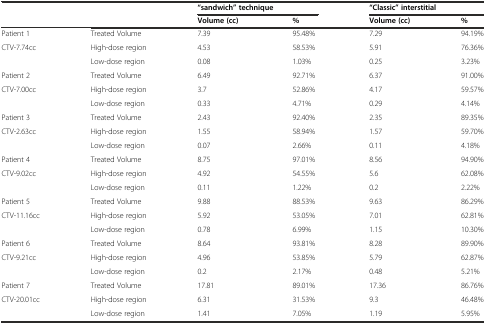
<table><thead><tr><td></td><td></td><td colspan="2"><b>“sandwich” technique</b></td><td colspan="2"><b>“Classic” interstitial</b></td></tr><tr><td></td><td></td><td><b>Volume (cc)</b></td><td><b>%</b></td><td><b>Volume (cc)</b></td><td><b>%</b></td></tr></thead><tbody><tr><td>Patient 1</td><td>Treated Volume</td><td>7.39</td><td>95.48%</td><td>7.29</td><td>94.19%</td></tr><tr><td>CTV-7.74cc</td><td>High-dose region</td><td>4.53</td><td>58.53%</td><td>5.91</td><td>76.36%</td></tr><tr><td></td><td>Low-dose region</td><td>0.08</td><td>1.03%</td><td>0.25</td><td>3.23%</td></tr><tr><td>Patient 2</td><td>Treated Volume</td><td>6.49</td><td>92.71%</td><td>6.37</td><td>91.00%</td></tr><tr><td>CTV-7.00cc</td><td>High-dose region</td><td>3.7</td><td>52.86%</td><td>4.17</td><td>59.57%</td></tr><tr><td></td><td>Low-dose region</td><td>0.33</td><td>4.71%</td><td>0.29</td><td>4.14%</td></tr><tr><td>Patient 3</td><td>Treated Volume</td><td>2.43</td><td>92.40%</td><td>2.35</td><td>89.35%</td></tr><tr><td>CTV-2.63cc</td><td>High-dose region</td><td>1.55</td><td>58.94%</td><td>1.57</td><td>59.70%</td></tr><tr><td></td><td>Low-dose region</td><td>0.07</td><td>2.66%</td><td>0.11</td><td>4.18%</td></tr><tr><td>Patient 4</td><td>Treated Volume</td><td>8.75</td><td>97.01%</td><td>8.56</td><td>94.90%</td></tr><tr><td>CTV-9.02cc</td><td>High-dose region</td><td>4.92</td><td>54.55%</td><td>5.6</td><td>62.08%</td></tr><tr><td></td><td>Low-dose region</td><td>0.11</td><td>1.22%</td><td>0.2</td><td>2.22%</td></tr><tr><td>Patient 5</td><td>Treated Volume</td><td>9.88</td><td>88.53%</td><td>9.63</td><td>86.29%</td></tr><tr><td>CTV-11.16cc</td><td>High-dose region</td><td>5.92</td><td>53.05%</td><td>7.01</td><td>62.81%</td></tr><tr><td></td><td>Low-dose region</td><td>0.78</td><td>6.99%</td><td>1.15</td><td>10.30%</td></tr><tr><td>Patient 6</td><td>Treated Volume</td><td>8.64</td><td>93.81%</td><td>8.28</td><td>89.90%</td></tr><tr><td>CTV-9.21cc</td><td>High-dose region</td><td>4.96</td><td>53.85%</td><td>5.79</td><td>62.87%</td></tr><tr><td></td><td>Low-dose region</td><td>0.2</td><td>2.17%</td><td>0.48</td><td>5.21%</td></tr><tr><td>Patient 7</td><td>Treated Volume</td><td>17.81</td><td>89.01%</td><td>17.36</td><td>86.76%</td></tr><tr><td>CTV-20.01cc</td><td>High-dose region</td><td>6.31</td><td>31.53%</td><td>9.3</td><td>46.48%</td></tr><tr><td></td><td>Low-dose region</td><td>1.41</td><td>7.05%</td><td>1.19</td><td>5.95%</td></tr></tbody></table>